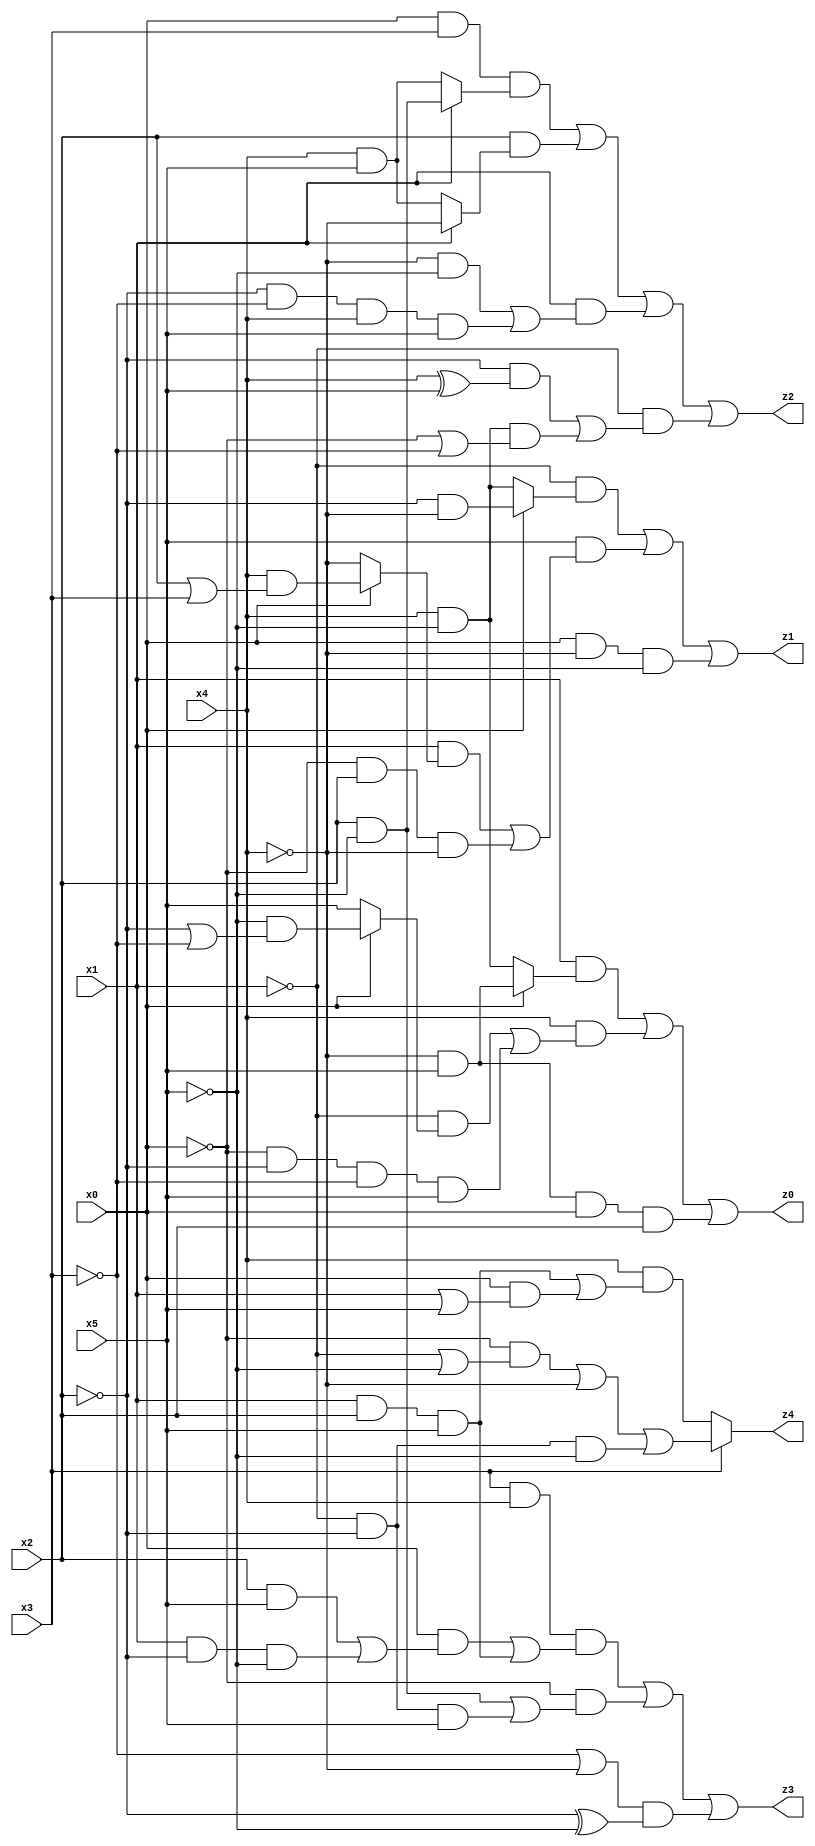
// Benchmark "q_9" written by ABC on Fri Jul 07 23:52:07 2023

module q_9 ( 
    x0, x1, x2, x3, x4, x5,
    z0, z1, z2, z3, z4  );
  input  x0, x1, x2, x3, x4, x5;
  output z0, z1, z2, z3, z4;
  assign z0 = (x1 & (x0 ? (~x4 & x5) : (x4 & ~x5))) | (x4 & ((~x1 & (x0 ? (~x5 & (~x2 | ~x3)) : x5)) | (~x0 & ~x2 & ~x3 & x5))) | (~x4 & x5 & x0 & x2);
  assign z1 = (~x1 & (x0 ? (~x2 & ~x4) : (x4 & ~x5))) | (x5 & ((x1 & (x0 ? (x4 & (x2 | x3)) : ~x4)) | (~x0 & x2 & ~x4))) | (x0 & ~x4 & ~x5);
  assign z2 = (x0 & x3 & (x1 ? (x2 & ~x5) : (x4 & x5))) | (x2 & (x1 ? ~x4 : (x4 & x5))) | (x1 & ((~x4 & ~x5) | (~x2 & ~x3 & x4 & x5))) | (~x1 & ((~x2 & (x4 ^ x5)) | (x4 & ~x5 & (~x0 | ~x3))));
  assign z3 = (x3 & x4 & ((x0 & ((x2 & x5) | (x1 & ~x2 & ~x5))) | (x1 & x2 & x5))) | (~x0 & ((x2 & ~x5) | (~x1 & ~x2 & x5))) | ((~x3 | ~x4) & (~x2 ^ ~x5));
  assign z4 = x3 ? ((~x0 & (~x1 | ~x5)) | ~x4 | (~x1 & ~x2 & ~x5)) : (x4 & ((x1 & x2 & x5) | (x0 & (x1 | x5))));
endmodule